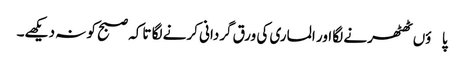
پاؤں ٹھٹھرنے لگا اور الماری کی ورق گردانی کرنے لگا تاکہ صبح کو نہ دیکھے۔